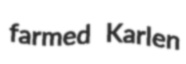
farmed Karlen